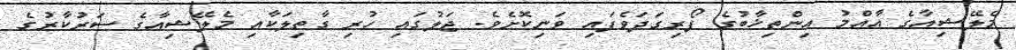
މެލޭޝިއާގެ އާއްމު އިންތިޚާބުގެ ފޯރިގަދަވެފައި ވަނިކޮށެވެ. ޖަލުގައި ހުރި ގާތިލަކާއި މެލޭޝިއާގެ ސަރުކާރުގެ